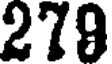
279